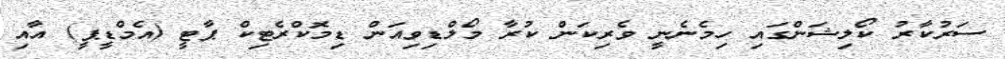
ސަރުކާރު ކޯލިޝަންގައި ހިމެނެނީ ވެރިކަން ކުރާ މޯލްޑިވިއަން ޑިމޮކްރެޓިކް ޕާޓީ (އެމްޑީޕީ) އާއި